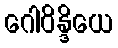
ဂေါဝိန္ဒိယေ